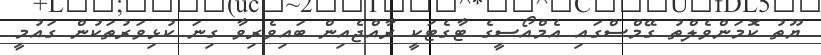
ޔޫތު ކޮމަންވެލްތު ގޭމްސްގައި އެމްއޯސީގެ ޓާގެޓަކީ ރާއްޖެއިން ބައިވެރިވާ ގިނަ ކުޅިވަރުތަކުން ގައުމީ